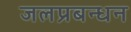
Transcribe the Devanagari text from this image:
जलप्रबन्धन